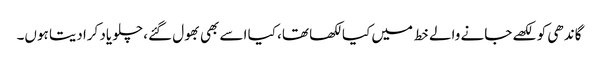
گاندھی کو لکھے جانے والے خط میں کیا لکھا تھا، کیا اسے بھی بھول گئے، چلو یاد کرادیتا ہوں۔